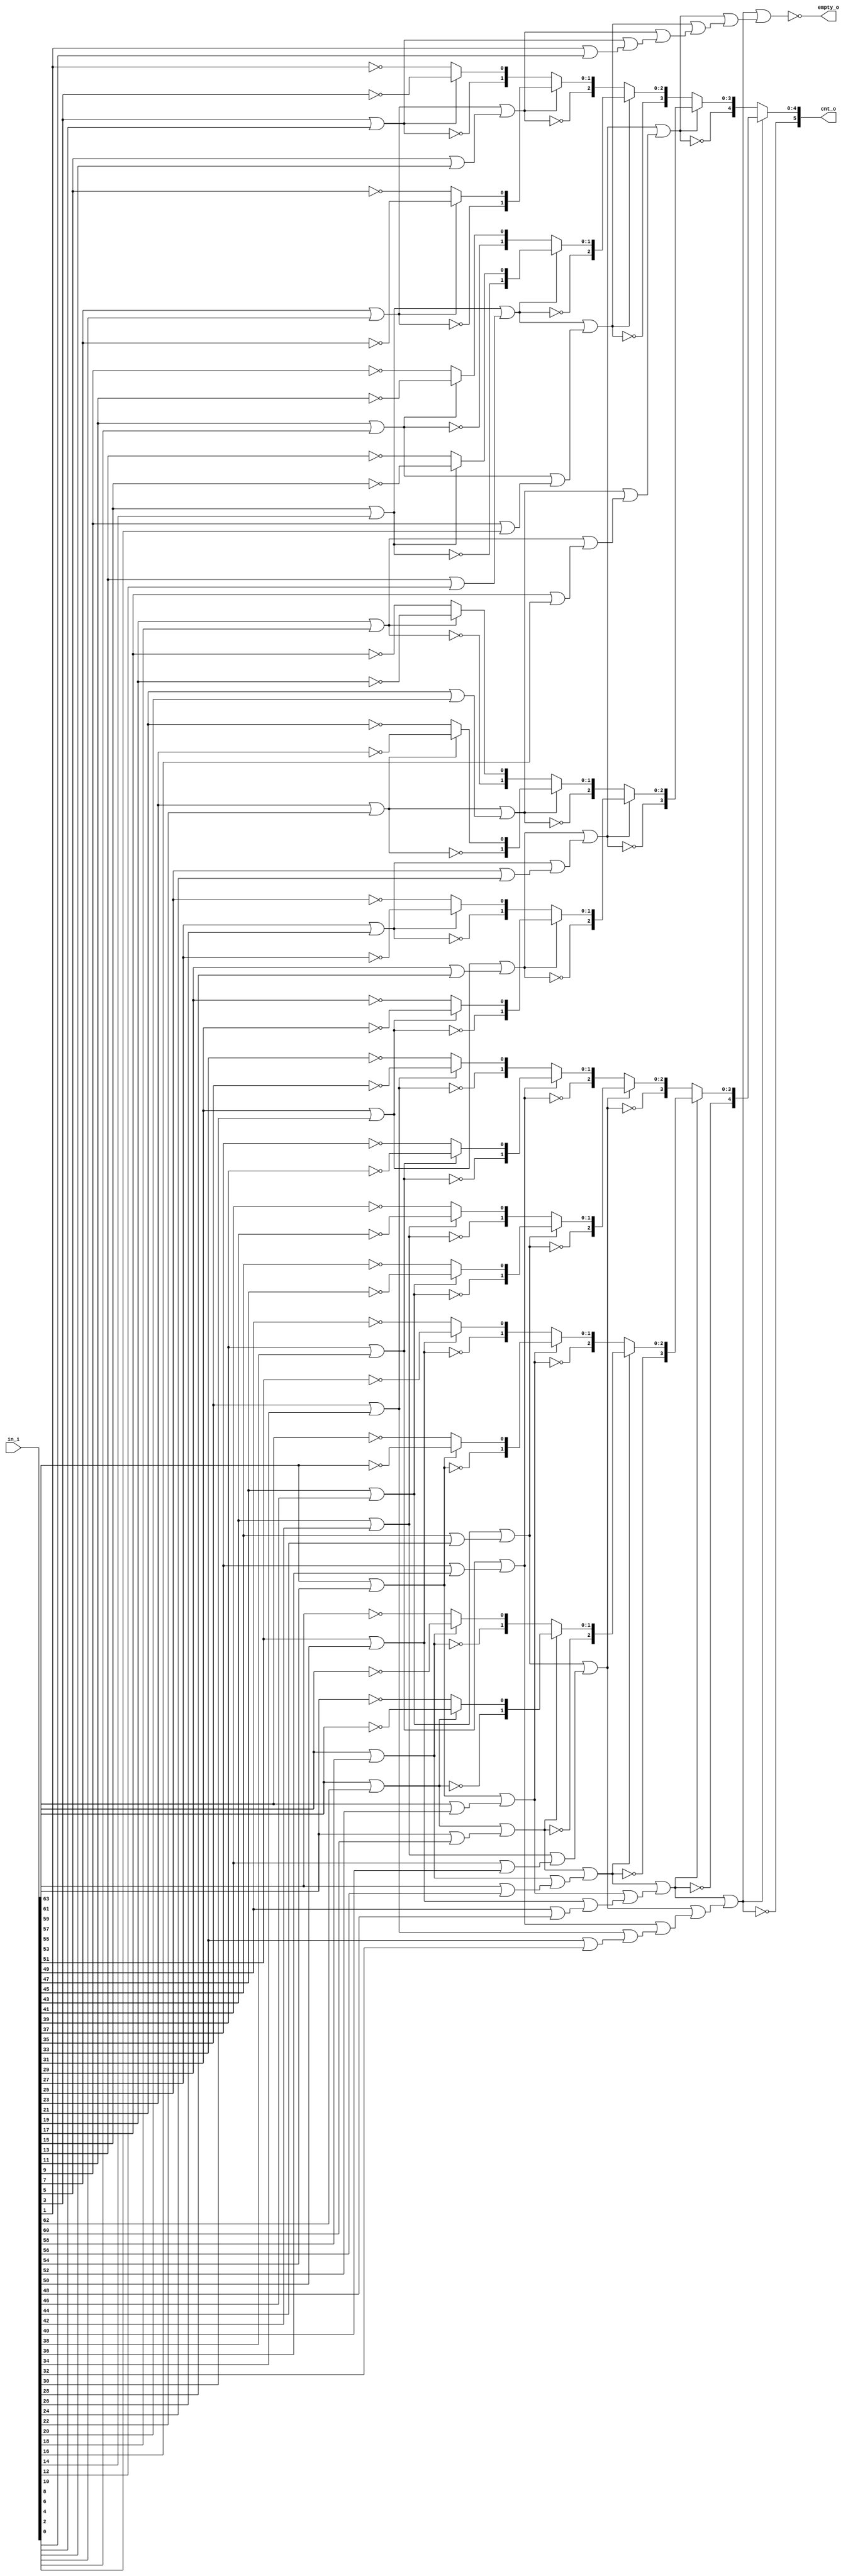
// This program was cloned from: https://github.com/NYU-MLDA/OpenABC
// License: BSD 3-Clause "New" or "Revised" License

module lzc_WIDTH64_MODE1
(
  in_i,
  cnt_o,
  empty_o
);

  input [63:0] in_i;
  output [5:0] cnt_o;
  output empty_o;
  wire [5:0] cnt_o;
  wire empty_o,N0,N1,N2,N3,N4,N5,N6,N7,N8,N9,N10,N11,N12,N13,N14,N15,N16,N17,N18,N19,
  N20,N21,N22,N23,N24,N25,N26,N27,N28,N29,N30,index_nodes_62__0_,index_nodes_61__0_,
  index_nodes_60__0_,index_nodes_59__0_,index_nodes_58__0_,index_nodes_57__0_,
  index_nodes_56__0_,index_nodes_55__0_,index_nodes_54__0_,index_nodes_53__0_,
  index_nodes_52__0_,index_nodes_51__0_,index_nodes_50__0_,index_nodes_49__0_,
  index_nodes_48__0_,index_nodes_47__0_,index_nodes_46__0_,index_nodes_45__0_,
  index_nodes_44__0_,index_nodes_43__0_,index_nodes_42__0_,index_nodes_41__0_,index_nodes_40__0_,
  index_nodes_39__0_,index_nodes_38__0_,index_nodes_37__0_,index_nodes_36__0_,
  index_nodes_35__0_,index_nodes_34__0_,index_nodes_33__0_,index_nodes_32__0_,
  index_nodes_31__0_,index_nodes_30__1_,index_nodes_30__0_,index_nodes_29__1_,
  index_nodes_29__0_,index_nodes_28__1_,index_nodes_28__0_,index_nodes_27__1_,
  index_nodes_27__0_,index_nodes_26__1_,index_nodes_26__0_,index_nodes_25__1_,index_nodes_25__0_,
  index_nodes_24__1_,index_nodes_24__0_,index_nodes_23__1_,index_nodes_23__0_,
  index_nodes_22__1_,index_nodes_22__0_,index_nodes_21__1_,index_nodes_21__0_,
  index_nodes_20__1_,index_nodes_20__0_,index_nodes_19__1_,index_nodes_19__0_,
  index_nodes_18__1_,index_nodes_18__0_,index_nodes_17__1_,index_nodes_17__0_,
  index_nodes_16__1_,index_nodes_16__0_,index_nodes_15__1_,index_nodes_15__0_,index_nodes_14__2_,
  index_nodes_14__1_,index_nodes_14__0_,index_nodes_13__2_,index_nodes_13__1_,
  index_nodes_13__0_,index_nodes_12__2_,index_nodes_12__1_,index_nodes_12__0_,
  index_nodes_11__2_,index_nodes_11__1_,index_nodes_11__0_,index_nodes_10__2_,
  index_nodes_10__1_,index_nodes_10__0_,index_nodes_9__2_,index_nodes_9__1_,index_nodes_9__0_,
  index_nodes_8__2_,index_nodes_8__1_,index_nodes_8__0_,index_nodes_7__2_,
  index_nodes_7__1_,index_nodes_7__0_,index_nodes_6__3_,index_nodes_6__2_,index_nodes_6__1_,
  index_nodes_6__0_,index_nodes_5__3_,index_nodes_5__2_,index_nodes_5__1_,
  index_nodes_5__0_,index_nodes_4__3_,index_nodes_4__2_,index_nodes_4__1_,
  index_nodes_4__0_,index_nodes_3__3_,index_nodes_3__2_,index_nodes_3__1_,index_nodes_3__0_,
  index_nodes_2__4_,index_nodes_2__3_,index_nodes_2__2_,index_nodes_2__1_,
  index_nodes_2__0_,index_nodes_1__4_,index_nodes_1__3_,index_nodes_1__2_,index_nodes_1__1_,
  index_nodes_1__0_,N31,N32,N33,N34,N35,N36,N37,N38,N39,N40,N41,N42,N43,N44,N45,N46,
  N47,N48,N49,N50,N51,N52,N53,N54,N55,N56,N57,N58,N59,N60,N61;
  wire [62:0] sel_nodes;
  assign cnt_o[5] = ~sel_nodes[1];
  assign cnt_o[4:0] = (N0)? { index_nodes_1__4_, index_nodes_1__3_, index_nodes_1__2_, index_nodes_1__1_, index_nodes_1__0_ } : 
                      (N31)? { index_nodes_2__4_, index_nodes_2__3_, index_nodes_2__2_, index_nodes_2__1_, index_nodes_2__0_ } : 1'b0;
  assign N0 = sel_nodes[1];
  assign index_nodes_1__4_ = ~sel_nodes[3];
  assign { index_nodes_1__3_, index_nodes_1__2_, index_nodes_1__1_, index_nodes_1__0_ } = (N1)? { index_nodes_3__3_, index_nodes_3__2_, index_nodes_3__1_, index_nodes_3__0_ } : 
                                                                                          (N32)? { index_nodes_4__3_, index_nodes_4__2_, index_nodes_4__1_, index_nodes_4__0_ } : 1'b0;
  assign N1 = sel_nodes[3];
  assign index_nodes_2__4_ = ~sel_nodes[5];
  assign { index_nodes_2__3_, index_nodes_2__2_, index_nodes_2__1_, index_nodes_2__0_ } = (N2)? { index_nodes_5__3_, index_nodes_5__2_, index_nodes_5__1_, index_nodes_5__0_ } : 
                                                                                          (N33)? { index_nodes_6__3_, index_nodes_6__2_, index_nodes_6__1_, index_nodes_6__0_ } : 1'b0;
  assign N2 = sel_nodes[5];
  assign index_nodes_3__3_ = ~sel_nodes[7];
  assign { index_nodes_3__2_, index_nodes_3__1_, index_nodes_3__0_ } = (N3)? { index_nodes_7__2_, index_nodes_7__1_, index_nodes_7__0_ } : 
                                                                       (N34)? { index_nodes_8__2_, index_nodes_8__1_, index_nodes_8__0_ } : 1'b0;
  assign N3 = sel_nodes[7];
  assign index_nodes_4__3_ = ~sel_nodes[9];
  assign { index_nodes_4__2_, index_nodes_4__1_, index_nodes_4__0_ } = (N4)? { index_nodes_9__2_, index_nodes_9__1_, index_nodes_9__0_ } : 
                                                                       (N35)? { index_nodes_10__2_, index_nodes_10__1_, index_nodes_10__0_ } : 1'b0;
  assign N4 = sel_nodes[9];
  assign index_nodes_5__3_ = ~sel_nodes[11];
  assign { index_nodes_5__2_, index_nodes_5__1_, index_nodes_5__0_ } = (N5)? { index_nodes_11__2_, index_nodes_11__1_, index_nodes_11__0_ } : 
                                                                       (N36)? { index_nodes_12__2_, index_nodes_12__1_, index_nodes_12__0_ } : 1'b0;
  assign N5 = sel_nodes[11];
  assign index_nodes_6__3_ = ~sel_nodes[13];
  assign { index_nodes_6__2_, index_nodes_6__1_, index_nodes_6__0_ } = (N6)? { index_nodes_13__2_, index_nodes_13__1_, index_nodes_13__0_ } : 
                                                                       (N37)? { index_nodes_14__2_, index_nodes_14__1_, index_nodes_14__0_ } : 1'b0;
  assign N6 = sel_nodes[13];
  assign index_nodes_7__2_ = ~sel_nodes[15];
  assign { index_nodes_7__1_, index_nodes_7__0_ } = (N7)? { index_nodes_15__1_, index_nodes_15__0_ } : 
                                                    (N38)? { index_nodes_16__1_, index_nodes_16__0_ } : 1'b0;
  assign N7 = sel_nodes[15];
  assign index_nodes_8__2_ = ~sel_nodes[17];
  assign { index_nodes_8__1_, index_nodes_8__0_ } = (N8)? { index_nodes_17__1_, index_nodes_17__0_ } : 
                                                    (N39)? { index_nodes_18__1_, index_nodes_18__0_ } : 1'b0;
  assign N8 = sel_nodes[17];
  assign index_nodes_9__2_ = ~sel_nodes[19];
  assign { index_nodes_9__1_, index_nodes_9__0_ } = (N9)? { index_nodes_19__1_, index_nodes_19__0_ } : 
                                                    (N40)? { index_nodes_20__1_, index_nodes_20__0_ } : 1'b0;
  assign N9 = sel_nodes[19];
  assign index_nodes_10__2_ = ~sel_nodes[21];
  assign { index_nodes_10__1_, index_nodes_10__0_ } = (N10)? { index_nodes_21__1_, index_nodes_21__0_ } : 
                                                      (N41)? { index_nodes_22__1_, index_nodes_22__0_ } : 1'b0;
  assign N10 = sel_nodes[21];
  assign index_nodes_11__2_ = ~sel_nodes[23];
  assign { index_nodes_11__1_, index_nodes_11__0_ } = (N11)? { index_nodes_23__1_, index_nodes_23__0_ } : 
                                                      (N42)? { index_nodes_24__1_, index_nodes_24__0_ } : 1'b0;
  assign N11 = sel_nodes[23];
  assign index_nodes_12__2_ = ~sel_nodes[25];
  assign { index_nodes_12__1_, index_nodes_12__0_ } = (N12)? { index_nodes_25__1_, index_nodes_25__0_ } : 
                                                      (N43)? { index_nodes_26__1_, index_nodes_26__0_ } : 1'b0;
  assign N12 = sel_nodes[25];
  assign index_nodes_13__2_ = ~sel_nodes[27];
  assign { index_nodes_13__1_, index_nodes_13__0_ } = (N13)? { index_nodes_27__1_, index_nodes_27__0_ } : 
                                                      (N44)? { index_nodes_28__1_, index_nodes_28__0_ } : 1'b0;
  assign N13 = sel_nodes[27];
  assign index_nodes_14__2_ = ~sel_nodes[29];
  assign { index_nodes_14__1_, index_nodes_14__0_ } = (N14)? { index_nodes_29__1_, index_nodes_29__0_ } : 
                                                      (N45)? { index_nodes_30__1_, index_nodes_30__0_ } : 1'b0;
  assign N14 = sel_nodes[29];
  assign index_nodes_15__1_ = ~sel_nodes[31];
  assign index_nodes_15__0_ = (N15)? index_nodes_31__0_ : 
                              (N46)? index_nodes_32__0_ : 1'b0;
  assign N15 = sel_nodes[31];
  assign index_nodes_16__1_ = ~sel_nodes[33];
  assign index_nodes_16__0_ = (N16)? index_nodes_33__0_ : 
                              (N47)? index_nodes_34__0_ : 1'b0;
  assign N16 = sel_nodes[33];
  assign index_nodes_17__1_ = ~sel_nodes[35];
  assign index_nodes_17__0_ = (N17)? index_nodes_35__0_ : 
                              (N48)? index_nodes_36__0_ : 1'b0;
  assign N17 = sel_nodes[35];
  assign index_nodes_18__1_ = ~sel_nodes[37];
  assign index_nodes_18__0_ = (N18)? index_nodes_37__0_ : 
                              (N49)? index_nodes_38__0_ : 1'b0;
  assign N18 = sel_nodes[37];
  assign index_nodes_19__1_ = ~sel_nodes[39];
  assign index_nodes_19__0_ = (N19)? index_nodes_39__0_ : 
                              (N50)? index_nodes_40__0_ : 1'b0;
  assign N19 = sel_nodes[39];
  assign index_nodes_20__1_ = ~sel_nodes[41];
  assign index_nodes_20__0_ = (N20)? index_nodes_41__0_ : 
                              (N51)? index_nodes_42__0_ : 1'b0;
  assign N20 = sel_nodes[41];
  assign index_nodes_21__1_ = ~sel_nodes[43];
  assign index_nodes_21__0_ = (N21)? index_nodes_43__0_ : 
                              (N52)? index_nodes_44__0_ : 1'b0;
  assign N21 = sel_nodes[43];
  assign index_nodes_22__1_ = ~sel_nodes[45];
  assign index_nodes_22__0_ = (N22)? index_nodes_45__0_ : 
                              (N53)? index_nodes_46__0_ : 1'b0;
  assign N22 = sel_nodes[45];
  assign index_nodes_23__1_ = ~sel_nodes[47];
  assign index_nodes_23__0_ = (N23)? index_nodes_47__0_ : 
                              (N54)? index_nodes_48__0_ : 1'b0;
  assign N23 = sel_nodes[47];
  assign index_nodes_24__1_ = ~sel_nodes[49];
  assign index_nodes_24__0_ = (N24)? index_nodes_49__0_ : 
                              (N55)? index_nodes_50__0_ : 1'b0;
  assign N24 = sel_nodes[49];
  assign index_nodes_25__1_ = ~sel_nodes[51];
  assign index_nodes_25__0_ = (N25)? index_nodes_51__0_ : 
                              (N56)? index_nodes_52__0_ : 1'b0;
  assign N25 = sel_nodes[51];
  assign index_nodes_26__1_ = ~sel_nodes[53];
  assign index_nodes_26__0_ = (N26)? index_nodes_53__0_ : 
                              (N57)? index_nodes_54__0_ : 1'b0;
  assign N26 = sel_nodes[53];
  assign index_nodes_27__1_ = ~sel_nodes[55];
  assign index_nodes_27__0_ = (N27)? index_nodes_55__0_ : 
                              (N58)? index_nodes_56__0_ : 1'b0;
  assign N27 = sel_nodes[55];
  assign index_nodes_28__1_ = ~sel_nodes[57];
  assign index_nodes_28__0_ = (N28)? index_nodes_57__0_ : 
                              (N59)? index_nodes_58__0_ : 1'b0;
  assign N28 = sel_nodes[57];
  assign index_nodes_29__1_ = ~sel_nodes[59];
  assign index_nodes_29__0_ = (N29)? index_nodes_59__0_ : 
                              (N60)? index_nodes_60__0_ : 1'b0;
  assign N29 = sel_nodes[59];
  assign index_nodes_30__1_ = ~sel_nodes[61];
  assign index_nodes_30__0_ = (N30)? index_nodes_61__0_ : 
                              (N61)? index_nodes_62__0_ : 1'b0;
  assign N30 = sel_nodes[61];
  assign index_nodes_31__0_ = ~in_i[63];
  assign index_nodes_32__0_ = ~in_i[61];
  assign index_nodes_33__0_ = ~in_i[59];
  assign index_nodes_34__0_ = ~in_i[57];
  assign index_nodes_35__0_ = ~in_i[55];
  assign index_nodes_36__0_ = ~in_i[53];
  assign index_nodes_37__0_ = ~in_i[51];
  assign index_nodes_38__0_ = ~in_i[49];
  assign index_nodes_39__0_ = ~in_i[47];
  assign index_nodes_40__0_ = ~in_i[45];
  assign index_nodes_41__0_ = ~in_i[43];
  assign index_nodes_42__0_ = ~in_i[41];
  assign index_nodes_43__0_ = ~in_i[39];
  assign index_nodes_44__0_ = ~in_i[37];
  assign index_nodes_45__0_ = ~in_i[35];
  assign index_nodes_46__0_ = ~in_i[33];
  assign index_nodes_47__0_ = ~in_i[31];
  assign index_nodes_48__0_ = ~in_i[29];
  assign index_nodes_49__0_ = ~in_i[27];
  assign index_nodes_50__0_ = ~in_i[25];
  assign index_nodes_51__0_ = ~in_i[23];
  assign index_nodes_52__0_ = ~in_i[21];
  assign index_nodes_53__0_ = ~in_i[19];
  assign index_nodes_54__0_ = ~in_i[17];
  assign index_nodes_55__0_ = ~in_i[15];
  assign index_nodes_56__0_ = ~in_i[13];
  assign index_nodes_57__0_ = ~in_i[11];
  assign index_nodes_58__0_ = ~in_i[9];
  assign index_nodes_59__0_ = ~in_i[7];
  assign index_nodes_60__0_ = ~in_i[5];
  assign index_nodes_61__0_ = ~in_i[3];
  assign index_nodes_62__0_ = ~in_i[1];
  assign sel_nodes[0] = sel_nodes[1] | sel_nodes[2];
  assign N31 = ~sel_nodes[1];
  assign sel_nodes[1] = sel_nodes[3] | sel_nodes[4];
  assign N32 = ~sel_nodes[3];
  assign sel_nodes[2] = sel_nodes[5] | sel_nodes[6];
  assign N33 = ~sel_nodes[5];
  assign sel_nodes[3] = sel_nodes[7] | sel_nodes[8];
  assign N34 = ~sel_nodes[7];
  assign sel_nodes[4] = sel_nodes[9] | sel_nodes[10];
  assign N35 = ~sel_nodes[9];
  assign sel_nodes[5] = sel_nodes[11] | sel_nodes[12];
  assign N36 = ~sel_nodes[11];
  assign sel_nodes[6] = sel_nodes[13] | sel_nodes[14];
  assign N37 = ~sel_nodes[13];
  assign sel_nodes[7] = sel_nodes[15] | sel_nodes[16];
  assign N38 = ~sel_nodes[15];
  assign sel_nodes[8] = sel_nodes[17] | sel_nodes[18];
  assign N39 = ~sel_nodes[17];
  assign sel_nodes[9] = sel_nodes[19] | sel_nodes[20];
  assign N40 = ~sel_nodes[19];
  assign sel_nodes[10] = sel_nodes[21] | sel_nodes[22];
  assign N41 = ~sel_nodes[21];
  assign sel_nodes[11] = sel_nodes[23] | sel_nodes[24];
  assign N42 = ~sel_nodes[23];
  assign sel_nodes[12] = sel_nodes[25] | sel_nodes[26];
  assign N43 = ~sel_nodes[25];
  assign sel_nodes[13] = sel_nodes[27] | sel_nodes[28];
  assign N44 = ~sel_nodes[27];
  assign sel_nodes[14] = sel_nodes[29] | sel_nodes[30];
  assign N45 = ~sel_nodes[29];
  assign sel_nodes[15] = sel_nodes[31] | sel_nodes[32];
  assign N46 = ~sel_nodes[31];
  assign sel_nodes[16] = sel_nodes[33] | sel_nodes[34];
  assign N47 = ~sel_nodes[33];
  assign sel_nodes[17] = sel_nodes[35] | sel_nodes[36];
  assign N48 = ~sel_nodes[35];
  assign sel_nodes[18] = sel_nodes[37] | sel_nodes[38];
  assign N49 = ~sel_nodes[37];
  assign sel_nodes[19] = sel_nodes[39] | sel_nodes[40];
  assign N50 = ~sel_nodes[39];
  assign sel_nodes[20] = sel_nodes[41] | sel_nodes[42];
  assign N51 = ~sel_nodes[41];
  assign sel_nodes[21] = sel_nodes[43] | sel_nodes[44];
  assign N52 = ~sel_nodes[43];
  assign sel_nodes[22] = sel_nodes[45] | sel_nodes[46];
  assign N53 = ~sel_nodes[45];
  assign sel_nodes[23] = sel_nodes[47] | sel_nodes[48];
  assign N54 = ~sel_nodes[47];
  assign sel_nodes[24] = sel_nodes[49] | sel_nodes[50];
  assign N55 = ~sel_nodes[49];
  assign sel_nodes[25] = sel_nodes[51] | sel_nodes[52];
  assign N56 = ~sel_nodes[51];
  assign sel_nodes[26] = sel_nodes[53] | sel_nodes[54];
  assign N57 = ~sel_nodes[53];
  assign sel_nodes[27] = sel_nodes[55] | sel_nodes[56];
  assign N58 = ~sel_nodes[55];
  assign sel_nodes[28] = sel_nodes[57] | sel_nodes[58];
  assign N59 = ~sel_nodes[57];
  assign sel_nodes[29] = sel_nodes[59] | sel_nodes[60];
  assign N60 = ~sel_nodes[59];
  assign sel_nodes[30] = sel_nodes[61] | sel_nodes[62];
  assign N61 = ~sel_nodes[61];
  assign sel_nodes[31] = in_i[63] | in_i[62];
  assign sel_nodes[32] = in_i[61] | in_i[60];
  assign sel_nodes[33] = in_i[59] | in_i[58];
  assign sel_nodes[34] = in_i[57] | in_i[56];
  assign sel_nodes[35] = in_i[55] | in_i[54];
  assign sel_nodes[36] = in_i[53] | in_i[52];
  assign sel_nodes[37] = in_i[51] | in_i[50];
  assign sel_nodes[38] = in_i[49] | in_i[48];
  assign sel_nodes[39] = in_i[47] | in_i[46];
  assign sel_nodes[40] = in_i[45] | in_i[44];
  assign sel_nodes[41] = in_i[43] | in_i[42];
  assign sel_nodes[42] = in_i[41] | in_i[40];
  assign sel_nodes[43] = in_i[39] | in_i[38];
  assign sel_nodes[44] = in_i[37] | in_i[36];
  assign sel_nodes[45] = in_i[35] | in_i[34];
  assign sel_nodes[46] = in_i[33] | in_i[32];
  assign sel_nodes[47] = in_i[31] | in_i[30];
  assign sel_nodes[48] = in_i[29] | in_i[28];
  assign sel_nodes[49] = in_i[27] | in_i[26];
  assign sel_nodes[50] = in_i[25] | in_i[24];
  assign sel_nodes[51] = in_i[23] | in_i[22];
  assign sel_nodes[52] = in_i[21] | in_i[20];
  assign sel_nodes[53] = in_i[19] | in_i[18];
  assign sel_nodes[54] = in_i[17] | in_i[16];
  assign sel_nodes[55] = in_i[15] | in_i[14];
  assign sel_nodes[56] = in_i[13] | in_i[12];
  assign sel_nodes[57] = in_i[11] | in_i[10];
  assign sel_nodes[58] = in_i[9] | in_i[8];
  assign sel_nodes[59] = in_i[7] | in_i[6];
  assign sel_nodes[60] = in_i[5] | in_i[4];
  assign sel_nodes[61] = in_i[3] | in_i[2];
  assign sel_nodes[62] = in_i[1] | in_i[0];
  assign empty_o = ~sel_nodes[0];

endmodule